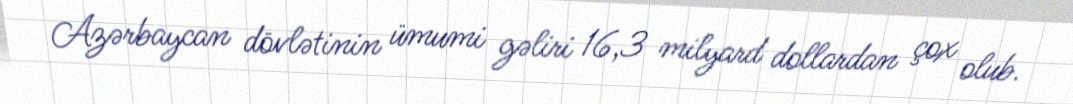
Azərbaycan dövlətinin ümumi gəliri 16,3 milyard dollardan çox olub.